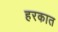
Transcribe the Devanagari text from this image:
हरकात